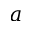
a